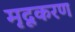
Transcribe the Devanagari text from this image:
मृदूकरण